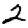
Digit: 2